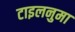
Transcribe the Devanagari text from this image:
टाइलनुमा